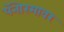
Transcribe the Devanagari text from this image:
पॅनोरमावर